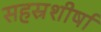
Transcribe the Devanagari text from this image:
सहस्रशीर्षा